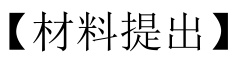
【材料提出】